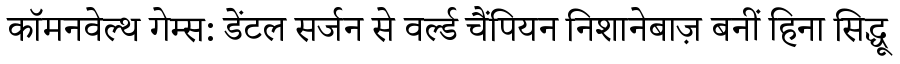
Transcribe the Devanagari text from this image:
कॉमनवेल्थ गेम्स: डेंटल सर्जन से वर्ल्ड चैंपियन निशानेबाज़ बनीं हिना सिद्धू